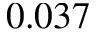
0 . 0 3 7